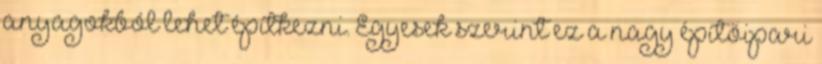
anyagokból lehet építkezni. Egyesek szerint ez a nagy építőipari